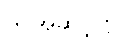
ဤအဆင့်တွင်